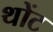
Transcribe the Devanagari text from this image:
थोंट